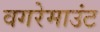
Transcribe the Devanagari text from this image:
वगरेमाउंट